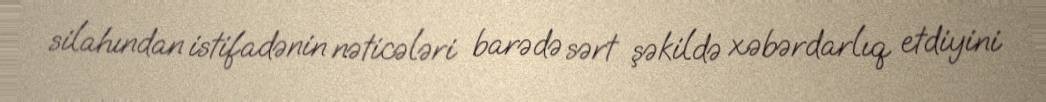
silahından istifadənin nəticələri barədə sərt şəkildə xəbərdarlıq etdiyini